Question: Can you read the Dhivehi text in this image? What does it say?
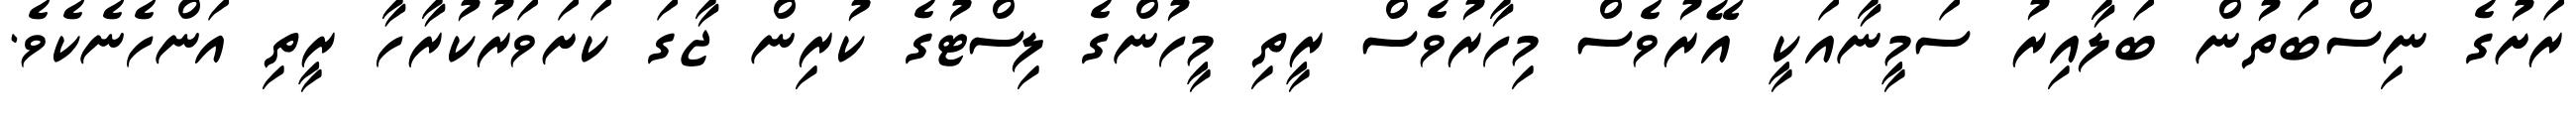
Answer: ރަށުގެ ނިސްބަތުން ބަލާއިރު ސަމީނާއަކީ އޭރުވެސް މިހާރުވެސް ރީތި މީހުންގެ ލިސްޓުގެ ކުރިން ޖާގަ ކަށަވަރުކުރާހާ ރީތި އަންހެނެކެވެ.